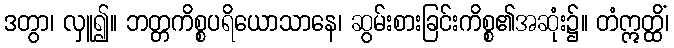
ဒတွာ၊ လှူ၍။ ဘတ္တကိစ္စပရိယောသာနေ၊ ဆွမ်းစားခြင်းကိစ္စ၏အဆုံး၌။ တံဣတ္ထိံ၊